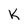
Character: K